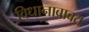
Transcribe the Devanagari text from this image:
विधानाबाबत